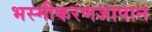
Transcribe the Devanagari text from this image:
भस्मीकरणजापान